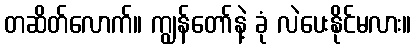
တဆိတ်လောက်။ ကျွန်တော်နဲ့ ခုံ လဲပေးနိုင်မလား။